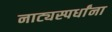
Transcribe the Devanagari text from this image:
नाट्यस्पर्धांना